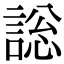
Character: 𧩟